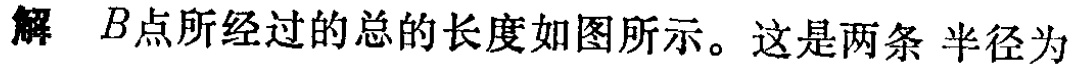
解 \(B\)点所经过的总的长度如图所示。这是两条 半径为